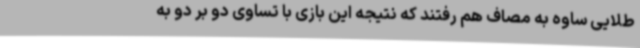
طلایی ساوه به مصاف هم رفتند که نتیجه این بازی با تساوی دو بر دو به